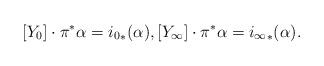
LaTeX: \begin{align*} [Y_0]\cdot \pi^*\alpha = {i_0}_*(\alpha), [Y_{\infty}] \cdot \pi^*\alpha = {i_{\infty}}_*(\alpha).\end{align*}